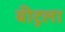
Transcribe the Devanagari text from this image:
बीटुला